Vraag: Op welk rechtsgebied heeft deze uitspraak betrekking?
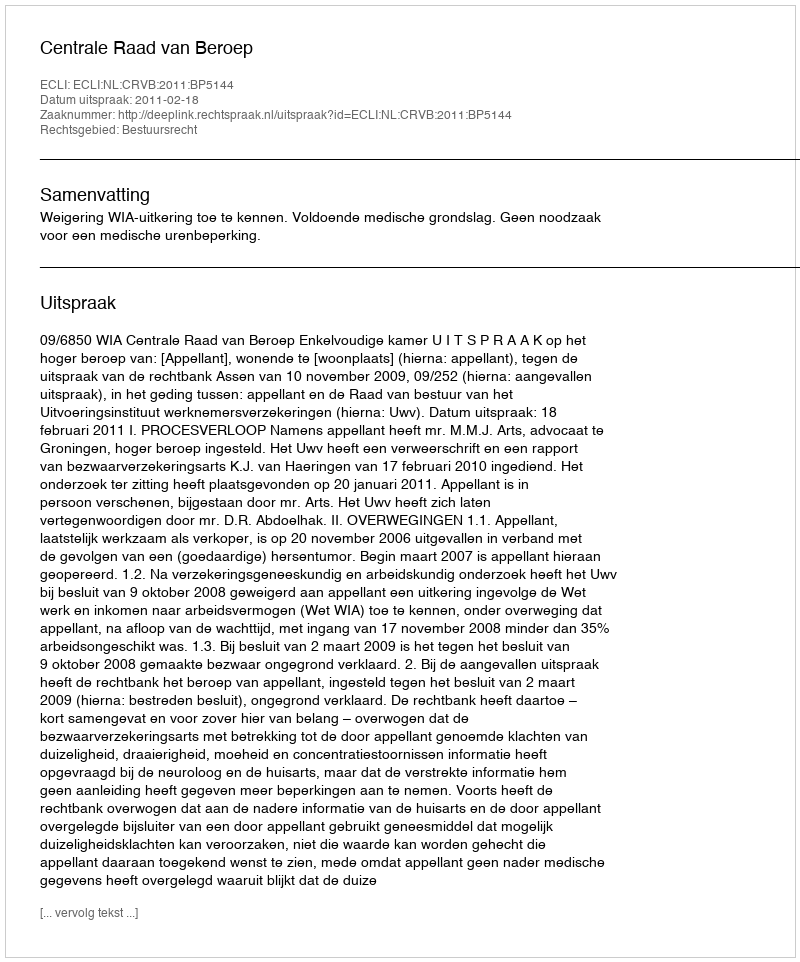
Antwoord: Bestuursrecht